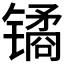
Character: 𫔎